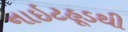
નાઇટહૂડથી